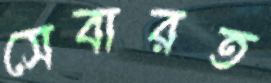
সেবারত